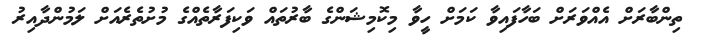
ތިންބާރަށް އެއްވަރަށް ބަހާފައިވާ ކަމަށް ހީވާ މިކޮމިޝަންގެ ބާރުތައް ވަކިފަރާތެއްގެ މުށުތެރެއަށް ލަމުންދާއިރު